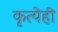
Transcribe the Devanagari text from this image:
कृत्येही